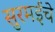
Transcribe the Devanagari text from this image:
सुरमईचे